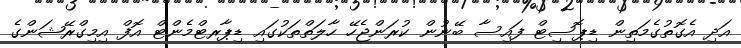
އަދި އެގޮތުގެމަތިން ޑިޕޮސިޓް ފައިސާ ބޭނުން ކުރަންޖެހޭ ހާލަތްތަކުގައި ޑިޕާރޓްމެންޓް އޮފް އިމިގްރޭޝަންގެ